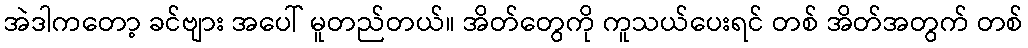
အဲဒါကတော့ ခင်ဗျား အပေါ် မူတည်တယ်။ အိတ်တွေကို ကူသယ်ပေးရင် တစ် အိတ်အတွက် တစ်